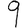
Digit: 9